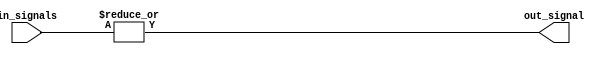
module or_gate (
    input [31:0] in_signals,
    output out_signal
);

assign out_signal = |in_signals;

endmodule